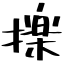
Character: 擽